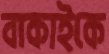
বাকাইকে